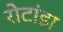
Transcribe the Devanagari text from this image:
रोटांडा